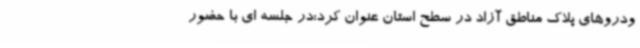
ودروهای پلاک مناطق آزاد در سطح استان عنوان کرد:در جلسه ای با حضور